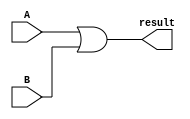
module logical_OR (input wire [31:0] A, B, output wire [31:0] result);

	assign result = A | B;

endmodule